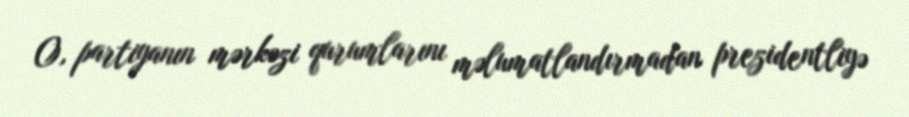
O, partiyanın mərkəzi qurumlarını məlumatlandırmadan prezidentliyə